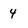
Character: 4